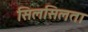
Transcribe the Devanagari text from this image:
सिलसिलता